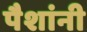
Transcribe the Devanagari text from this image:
पैशांनी